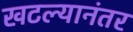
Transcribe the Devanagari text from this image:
खटल्यानंतर